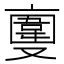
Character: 𠆎